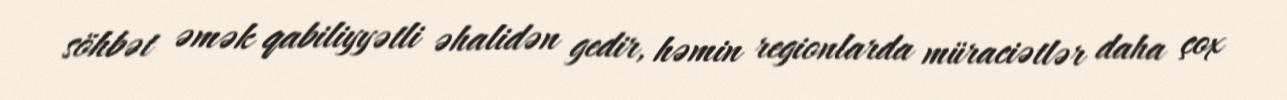
söhbət əmək qabiliyyətli əhalidən gedir, həmin regionlarda müraciətlər daha çox